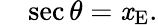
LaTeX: \quad\sec\theta=\mathit{x}_{\mathrm{{E}}}.